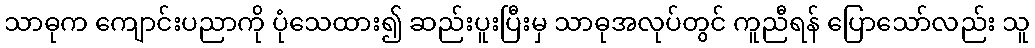
သာဓုက ကျောင်းပညာကို ပုံသေထား၍ ဆည်းပူးပြီးမှ သာဓုအလုပ်တွင် ကူညီရန် ပြောသော်လည်း သူ